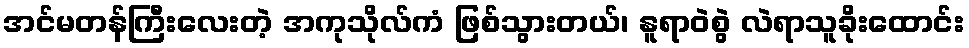
အင်မတန်ကြီးလေးတဲ့ အကုသိုလ်ကံ ဖြစ်သွားတယ်၊ နူရာဝဲစွဲ လဲရာသူခိုးထောင်း